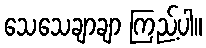
သေသေချာချာ ကြည့်ပါ။